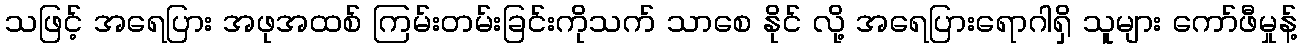
သဖြင့် အရေပြား အဖုအထစ် ကြမ်းတမ်းခြင်းကိုသက် သာစေ နိုင် လို့ အရေပြားရောဂါရှိ သူများ ကော်ဖီမှုန့်